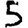
Digit: 5